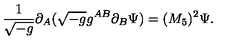
{ \frac { 1 } { \sqrt { - g } } } \partial _ { A } ( \sqrt { - g } g ^ { A B } \partial _ { B } \Psi ) = ( M _ { 5 } ) ^ { 2 } \Psi .